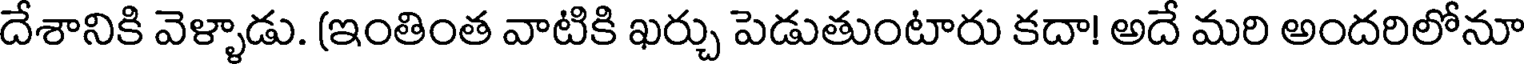
దేశానికి వెళ్ళాడు. (ఇంతింత వాటికి ఖర్చు పెడుతుంటారు కదా! అదే మరి అందరిలోనూ